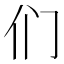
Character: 们